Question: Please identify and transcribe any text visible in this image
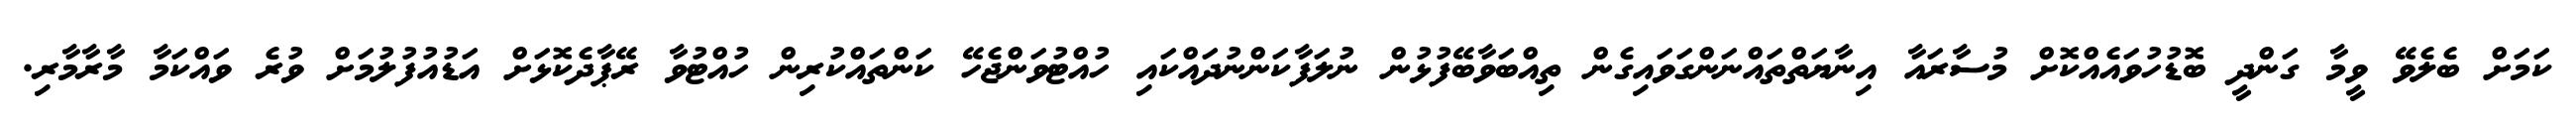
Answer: ކަމަށް ބެލެވޭ ވީމާ ގަންދީ ބޮޑުހުވައެއްކޮށް މުސާރައާ އިނާޔަތްތައްނަންގަވައިގެން ތިއްބަވާބޭފުޅުން ނުލަފާކަންނުދައްކައި ހުއްޓުވަންޖެހޭ ކަންތައްކުރިން ހުއްޓުވާ ރޭޕާދެކޮޅަށް އަޑުއުފުލުމަށް ވުރެ ވައްކަމާ މާރާމާރި.